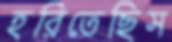
হরিতেছিস